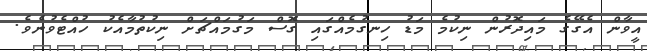
އީވާން އެގޭގެ މައިދޮރުން ނިކުމެ މަޑު ހިނގުމެއްގައި ގޮސް މަގުމައްޗަށް ނިކުތުމާއެކު ހުއްޓެވުނެވެ.